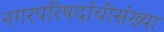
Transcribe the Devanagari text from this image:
नगरपरिषदांचीसंख्या